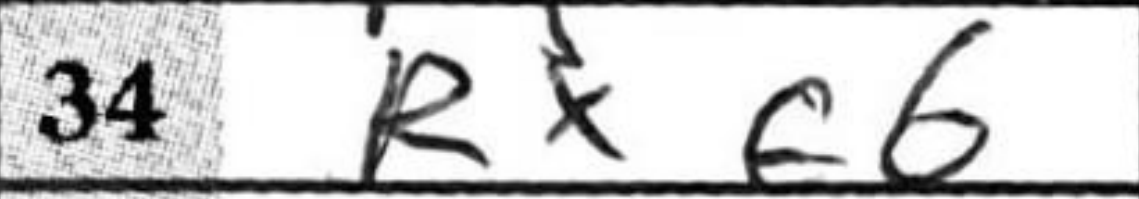
Transcription: Rxf6